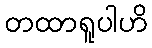
တထာရူပါဟိ